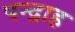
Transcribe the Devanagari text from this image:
पन्द्राह